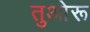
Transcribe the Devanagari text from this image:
तुओरू